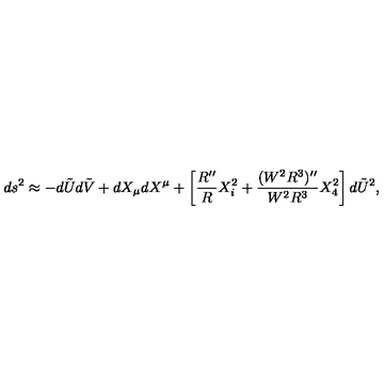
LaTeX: d s ^ { 2 } \approx - d \tilde { U } d \tilde { V } + d X _ { \mu } d X ^ { \mu } + \left[ \frac { R ^ { \prime \prime } } { R } X _ { i } ^ { 2 } + \frac { ( W ^ { 2 } R ^ { 3 } ) ^ { \prime \prime } } { W ^ { 2 } R ^ { 3 } } X _ { 4 } ^ { 2 } \right] d \tilde { U } ^ { 2 } ,